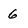
Character: 6